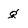
Character: g